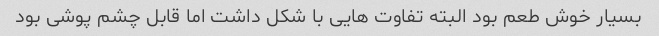
بسیار خوش طعم بود البته تفاوت هایی با شکل داشت اما قابل چشم پوشی بود